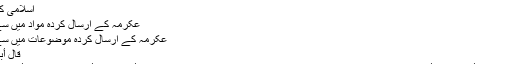
آمین
اسلامی کتب کا مطالعہ
عکرمہ کے ارسال کردہ مواد میں سے تلاش کریں
عکرمہ کے ارسال کردہ موضوعات میں سے تلاش کریں
قال أبا بكر النابلسي:
إذا كان مع الرجل عشرة أسهم وجب أن يرمي في الروم سهما وفينا تسعة قال: ما قلت هذا بل قلت: إذا كان معه عشرة أسهم وجب أن يرميكم بتسعه وأن يرمي العاشر فيكم